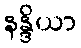
နန္ဒိယာ